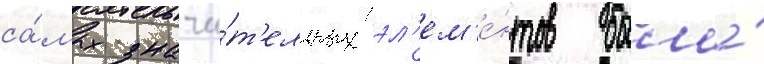
са́мых значи́т'ельных эл'ем'е́нтов была́